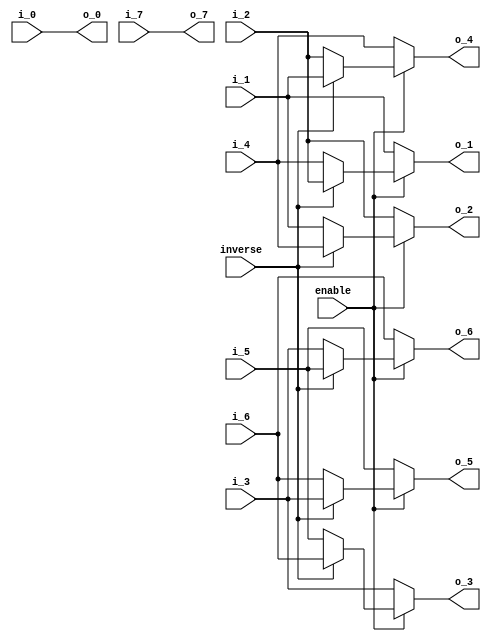
module premuat1_8(
            enable,
           inverse,
           
               i_0,
               i_1,
               i_2,
               i_3,
               i_4,
               i_5,
               i_6,
               i_7,
               
               o_0,
               o_1,
               o_2,
               o_3,
               o_4,
               o_5,
               o_6,
               o_7
);

// ********************************************
//                                             
//    INPUT / OUTPUT DECLARATION                                               
//                                                                             
// ********************************************

input                enable;
input               inverse;
input  signed  [15:0]   i_0;
input  signed  [15:0]   i_1;
input  signed  [15:0]   i_2;
input  signed  [15:0]   i_3;
input  signed  [15:0]   i_4;
input  signed  [15:0]   i_5;
input  signed  [15:0]   i_6;
input  signed  [15:0]   i_7;


output  signed [15:0]   o_0;
output  signed [15:0]   o_1;
output  signed [15:0]   o_2;
output  signed [15:0]   o_3;
output  signed [15:0]   o_4;
output  signed [15:0]   o_5;
output  signed [15:0]   o_6;
output  signed [15:0]   o_7;

// ********************************************
//                                             
//   REG DECLARATION                                               
//                                                                             
// ********************************************

reg   signed   [15:0]    o1;
reg   signed   [15:0]    o2;
reg   signed   [15:0]    o3;
reg   signed   [15:0]    o4;
reg   signed   [15:0]    o5;
reg   signed   [15:0]    o6;

// ********************************************
//                                             
//    Combinational Logic                      
//                                             
// ********************************************

always@(*)
if(inverse)
  begin
     o1=i_2;
     o2=i_4;
     o3=i_6;
     o4=i_1;
     o5=i_3;
     o6=i_5;
   end
 else
   begin
     o1=i_4;
     o2=i_1;
     o3=i_5;
     o4=i_2;
     o5=i_6;
     o6=i_3;
   end

assign  o_0=i_0;
assign  o_1=enable?o1:i_1;
assign  o_2=enable?o2:i_2;
assign  o_3=enable?o3:i_3;
assign  o_4=enable?o4:i_4;
assign  o_5=enable?o5:i_5;
assign  o_6=enable?o6:i_6;
assign  o_7=i_7;

endmodule